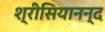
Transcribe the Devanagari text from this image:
श्रीसियानन्द